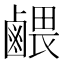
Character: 𪉭